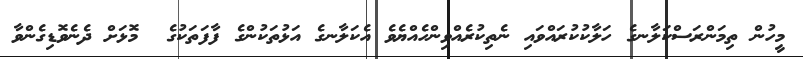
މީހުން ތިމަންރަސްކަލާނގެ ހަލާކުކުރައްވައި ނެތިކުރެއްވިންހެއްޔެވެ އެކަލާނގެ އަޅުތަކުންގެ ފާފަތަކުގެ  މޮޅަށް ދެނެވޮޑިގެންވާ